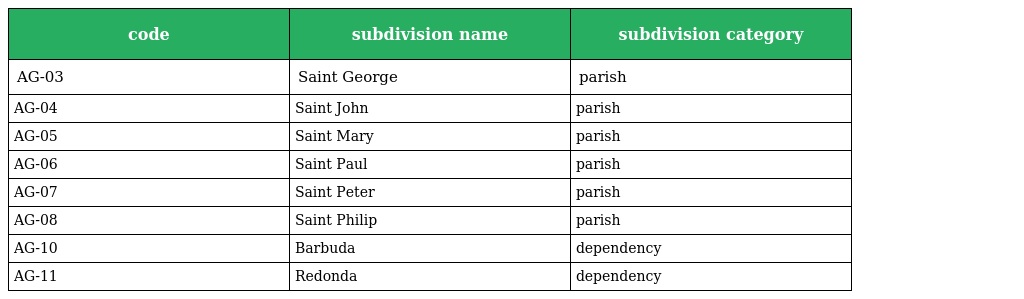
| code | subdivision name | subdivision category |
 | --- | --- | --- |
 | AG-03 | Saint George | parish |
 | AG-04 | Saint John | parish |
 | AG-05 | Saint Mary | parish |
 | AG-06 | Saint Paul | parish |
 | AG-07 | Saint Peter | parish |
 | AG-08 | Saint Philip | parish |
 | AG-10 | Barbuda | dependency |
 | AG-11 | Redonda | dependency |